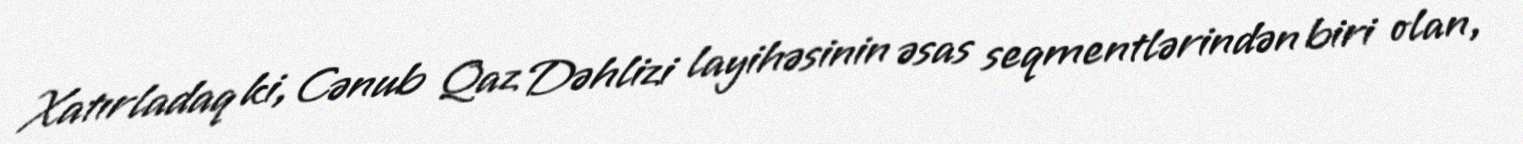
Xatırladaq ki, Cənub Qaz Dəhlizi layihəsinin əsas seqmentlərindən biri olan,